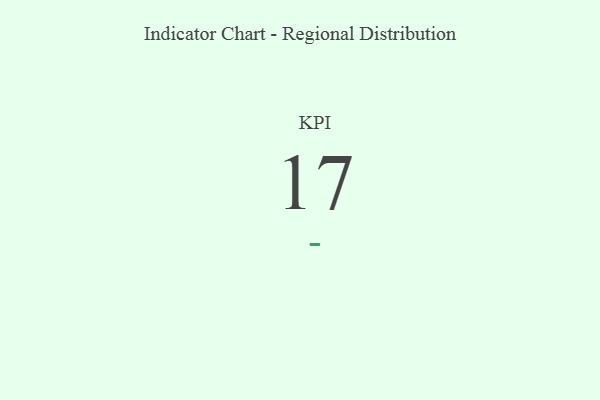
{"axis": {"x": "KPI", "y": "Value"}, "legend": [""], "data": [{"x": "KPI", "y": 17, "type": ""}]}